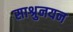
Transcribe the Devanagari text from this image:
साश्रुनयन